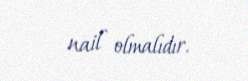
nail olmalıdır.